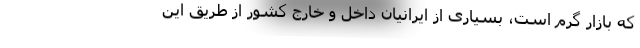
که بازار گرم است، بسیاری از ایرانیان داخل و خارج کشور از طریق این